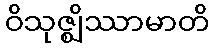
ဝိသုဇ္ဈိဿာမာတိ